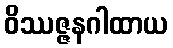
ဝိဿဇ္ဇနဂါထာယ